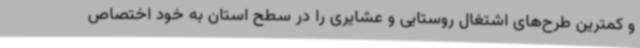
و کمترین طرح‌های اشتغال روستایی و عشایری را در سطح استان به خود اختصاص